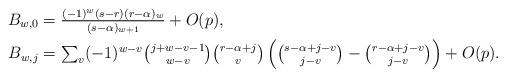
LaTeX: \begin{align*}\textstyle B_{w,0} & \textstyle = \frac{(-1)^w(s-r)(r-\alpha)_w}{(s-\alpha)_{w+1}} + O(p),\\ \textstyle B_{w,j} & \textstyle = \sum_v(-1)^{w-v} {j+w-v-1\choose w-v} {r-\alpha+j\choose v} \left( {s-\alpha+j-v \choose j-v} - {r-\alpha+j-v \choose j-v} \right) + O(p).\end{align*}